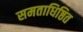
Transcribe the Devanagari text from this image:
समताधिष्ठित